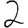
Digit: 2